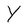
Character: Y